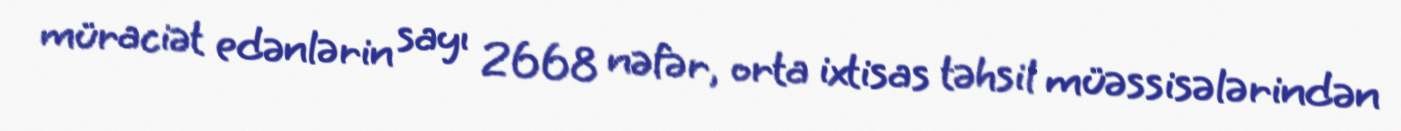
müraciət edənlərin sayı 2668 nəfər, orta ixtisas təhsil müəssisələrindən